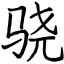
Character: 骁